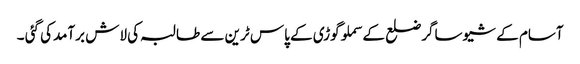
آسام کے شیوساگرضلع کے سملوگوڑی کے پاس ٹرین سے طالبہ کی لاش برآمدکی گئی ۔